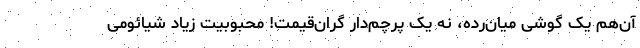
آن‌هم یک گوشی میان‌رده، نه یک پرچم‌دار گران‌قیمت! محبوبیت زیاد شیائومی